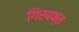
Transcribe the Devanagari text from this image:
गिरपफ्त